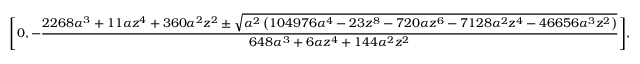
\Bigg [ 0 , - \frac { 2 2 6 8 \alpha ^ { 3 } + 1 1 \alpha z ^ { 4 } + 3 6 0 \alpha ^ { 2 } z ^ { 2 } \pm \sqrt { \alpha ^ { 2 } \left( 1 0 4 9 7 6 \alpha ^ { 4 } - 2 3 z ^ { 8 } - 7 2 0 \alpha z ^ { 6 } - 7 1 2 8 \alpha ^ { 2 } z ^ { 4 } - 4 6 6 5 6 \alpha ^ { 3 } z ^ { 2 } \right) } } { 6 4 8 \alpha ^ { 3 } + 6 \alpha z ^ { 4 } + 1 4 4 \alpha ^ { 2 } z ^ { 2 } } \Bigg ] ,